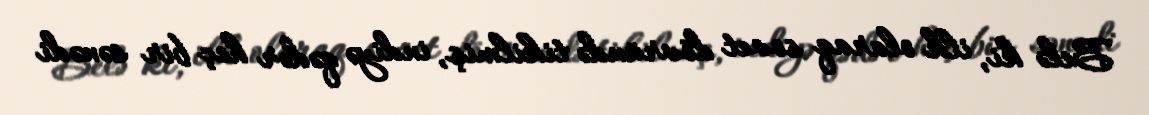
Belə ki, ilk olaraq sovet dövründə tikilmiş, indiyə qədər heç bir sənədi